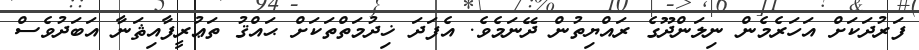
ފަރުދަކަށް އަހަރެމެން ނިލަންދޫގެ ރައްޔިތުން ދޭނަމެވެ. އެފަދަ ޚިދުމަތްތަކަށް ޙައްޤު ތަޢުރީފާއިޘަނާ އަބަދުވެސް